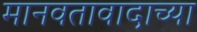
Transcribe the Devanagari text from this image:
मानवतावादाच्या